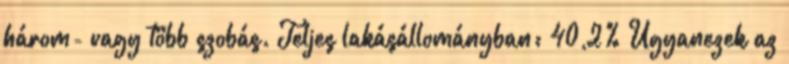
három- vagy több szobás. Teljes lakásállományban: 40,2% Ugyanezek az